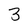
Character: 3